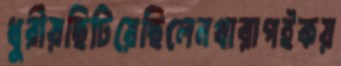
ধুরীয়ছিটিয়েছিলেনখারাপইকয়